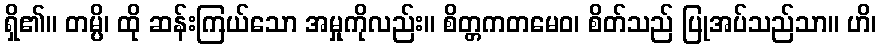
ရှိ၏။ တမ္ပိ၊ ထို ဆန်းကြယ်သော အမှုကိုလည်း။ စိတ္တကတမေဝ၊ စိတ်သည် ပြုအပ်သည်သာ။ ဟိ၊